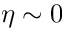
\eta \sim 0